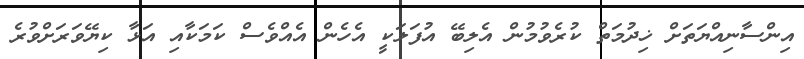
އިންސާނިއްޔަތަށް ޚިދުމަތް ކުރެވުމުން އެލިބޭ އުފަލަކީ އެހެން އެއްވެސް ކަމަކާއި އަޅާ ކިޔޭވަރަށްވުރެ